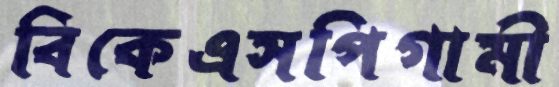
বিকেএসপিগামী